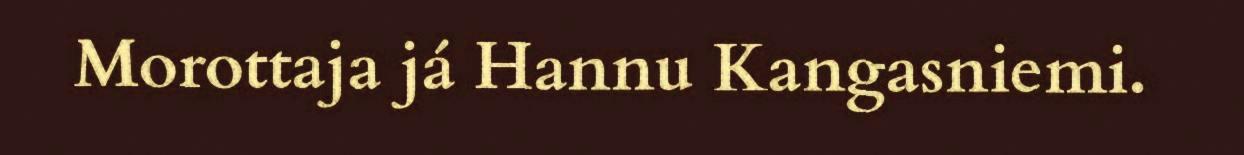
Morottaja já Hannu Kangasniemi.